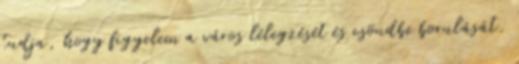
tudja, hogy figyelem a város lélegzését és csöndbe borulását.